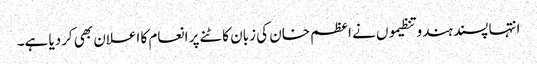
انتہا پسند ہندو تنظیموں نے اعظم خان کی زبان کاٹنے پر انعام کا اعلان بھی کردیا ہے۔